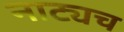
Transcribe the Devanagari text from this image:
नाट्यच